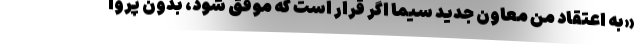
«به اعتقاد من معاون جدید سیما اگر قرار است که موفق شود، بدون پروا